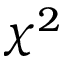
\chi ^ { 2 }